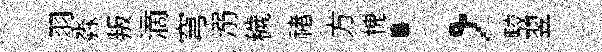
羽淼叛滴穹溺穢禇方槐；駮翌